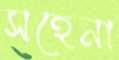
সহেনা